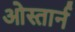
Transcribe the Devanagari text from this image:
ओस्तार्न